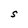
Character: s